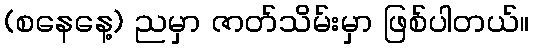
(စနေနေ့) ညမှာ ဇာတ်သိမ်းမှာ ဖြစ်ပါတယ်။